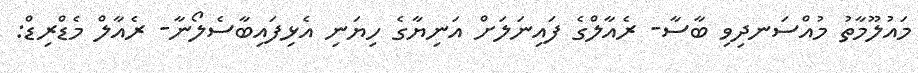
މައުލޫމާތު މުއްސަނދިވި ބާސާ- ރެއާލްގެ ފައިނަލަށް އަނިޔާގެ ހިޔަނި އެޅިފައިބާސެލޯނާ- ރެއާލް މެޑްރިޑް: